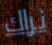
نراك